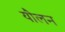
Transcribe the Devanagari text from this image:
यौलन